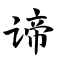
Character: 谛